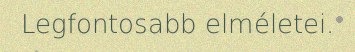
Legfontosabb elméletei.